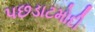
પછડાટમોદી